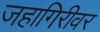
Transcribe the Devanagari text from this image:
जहागिरीवर